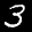
Label: 3